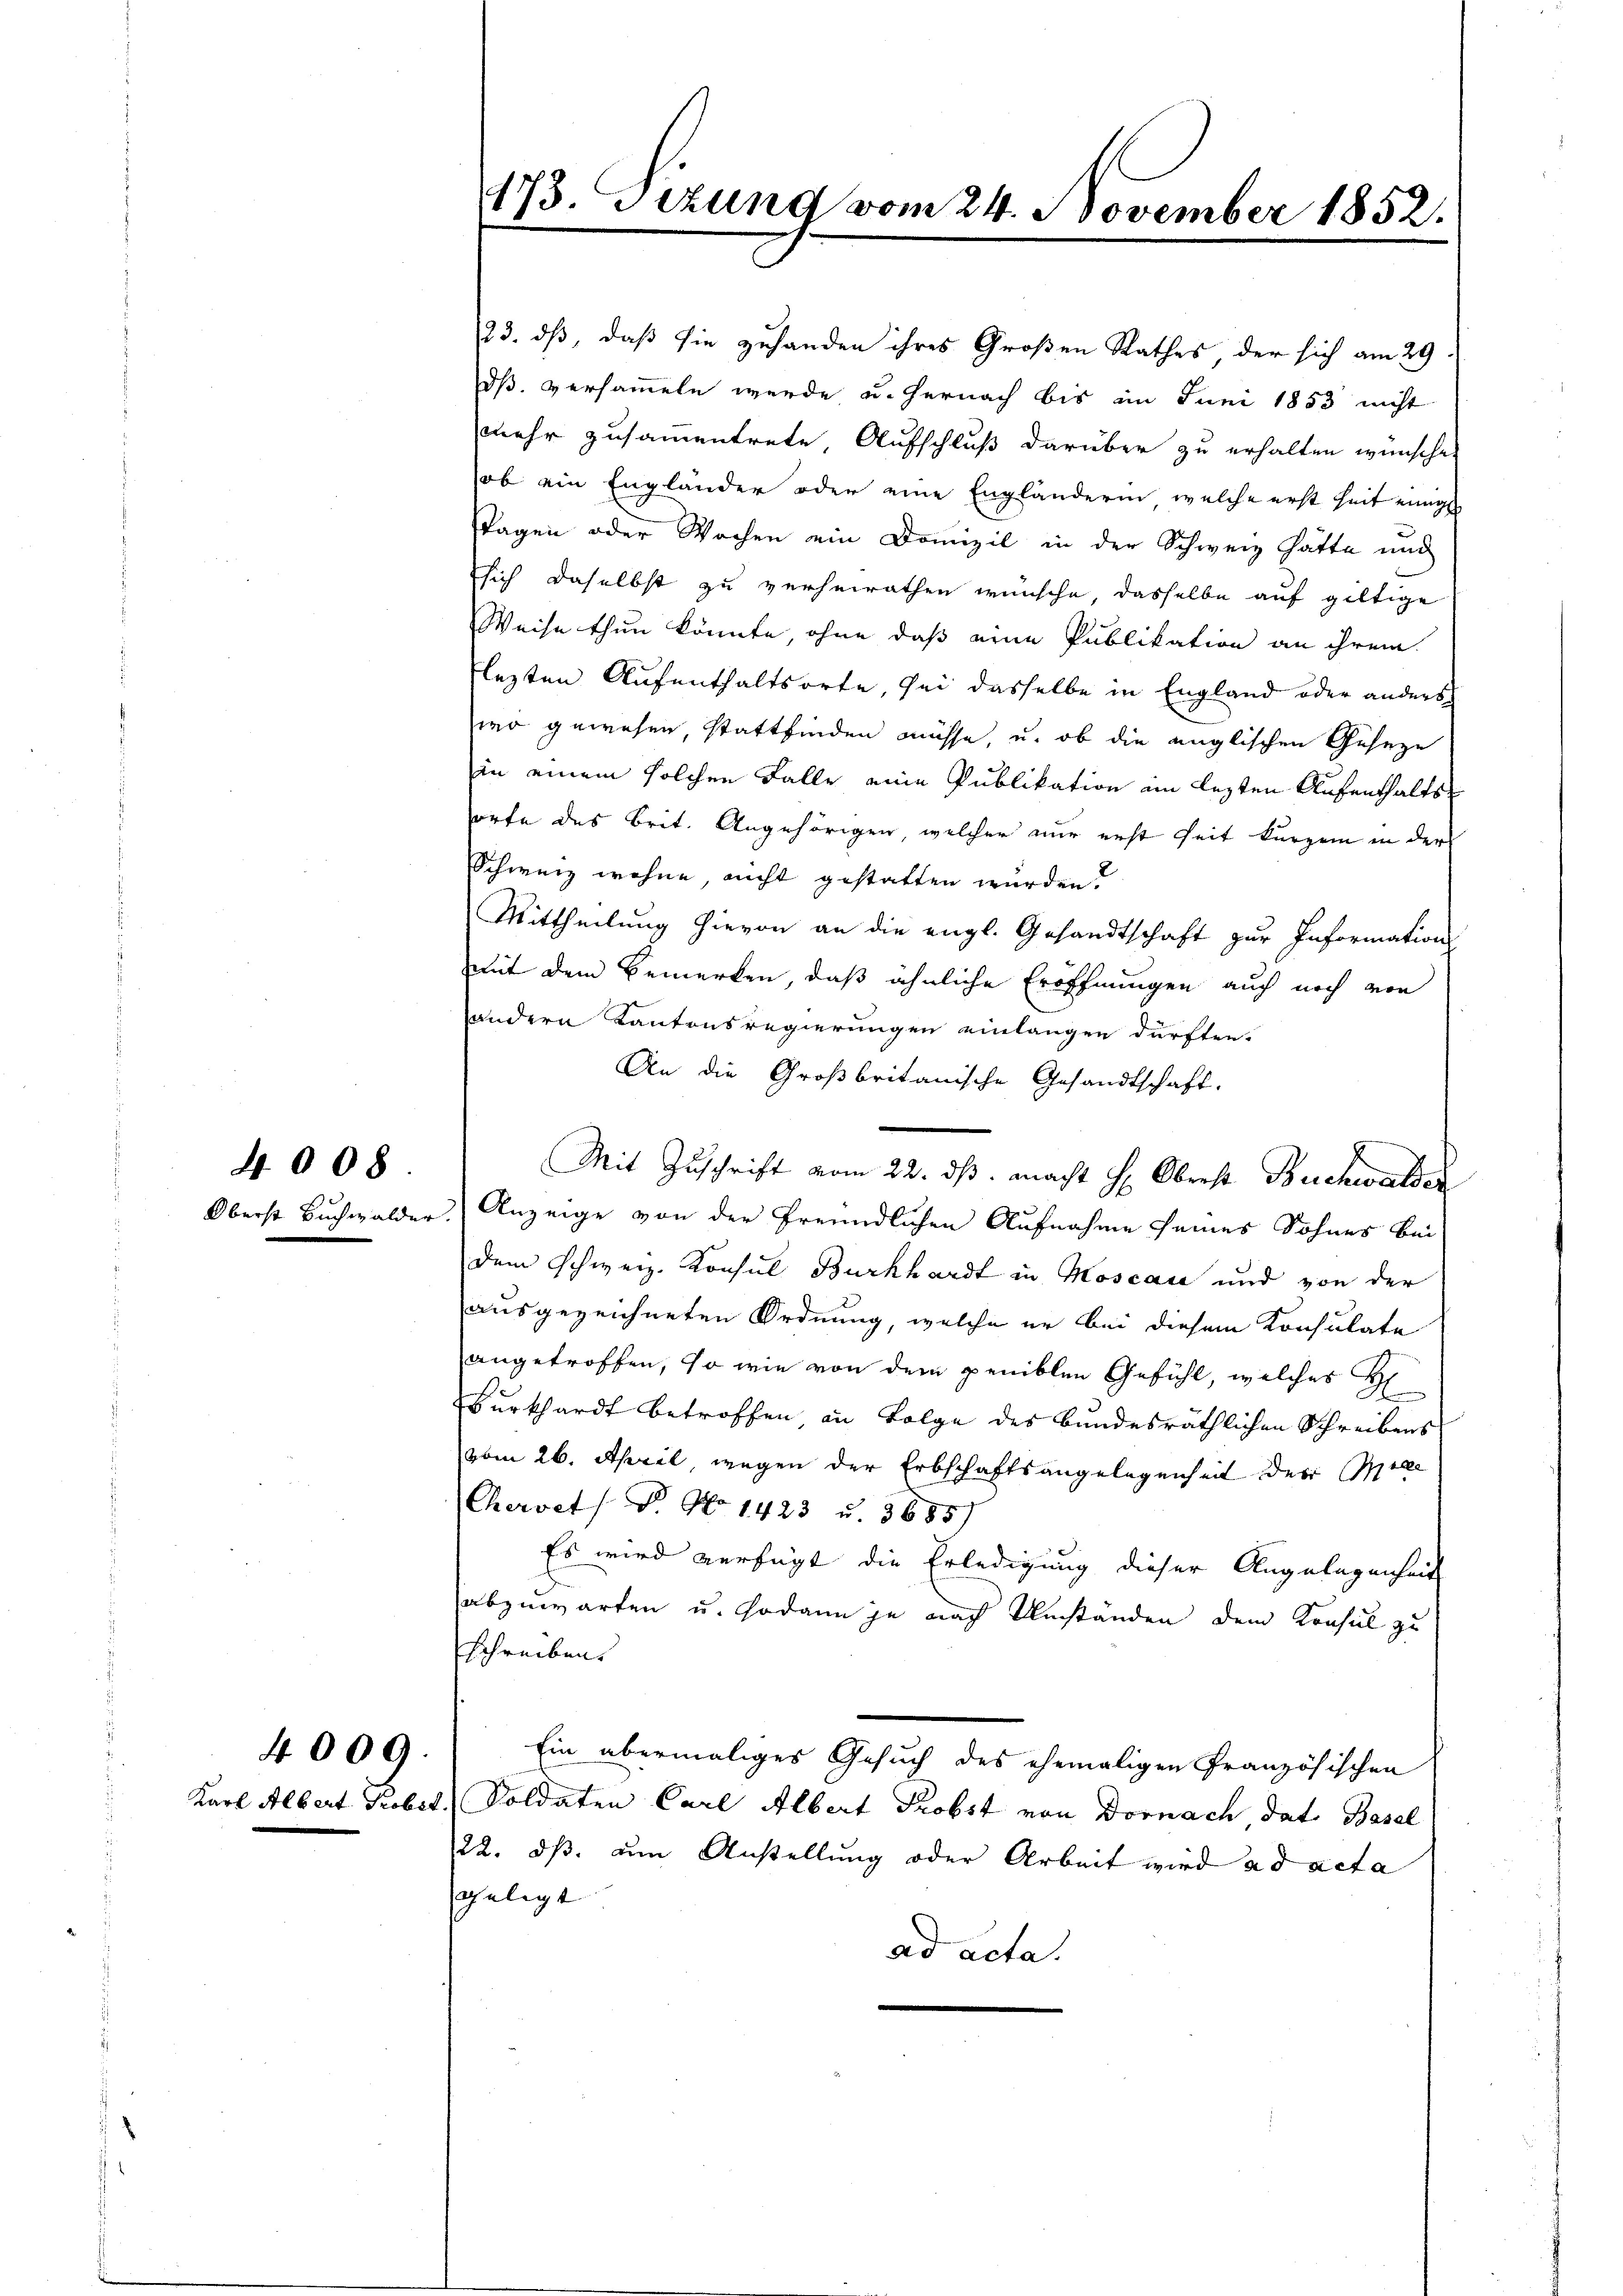
4008.

4009.

Karl Albert Probst

23. ds, daß sie zuhanden ihres Großen Rathes der sich am 29
dß versammeln werde u. hernach bis im Juni 1853 nicht
mehr zusammentrete, Aufschluß darüber zu erhalten wünsche,
ob ein Engländer oder eine Engländerin welche erst heit einige
stagen oder Wochen ein Domizil in der Schweiz hätte und
sich daselbst zu verheirathen wünsche, dasselbe auf giltige
Weise thun könnte, ohne daß eine Publikation an ihrem
lezten Aufenthaltsorte, sei dasselbe in England oder anders
wo gewesen, stattfinden müsse, u. ob die englischen Geseze
in einem solchen Falle eine Publikation ein lezten Aufenthaltssorte des Brit. Angehörigen, welcher nur erst seit kurzem in der
Schweiz wohne, nicht gestatten wurden?
Mittheilung hievon an die engl. Gesandtschaft zur Information
mit dem Bemerken, daß ähnliche Eröffnungen auch noch von
andern Kantonsregierungen einlangen dürften.
An die Großbritanische Gesandtschaft.
Mit Zuschrift vom 22. ds. macht H: Oberst Buchwarten
Oberst Buchwalder. Anzeige von der freundlichen Aufnahme seines Sohnes bei
dem Schweiz. Konsul Burkhardt in Moscase und von der
ausgezeichneten Ordnung, welche er bei diesem Konsulate
angetroffen, so wie von dem peniblen Gefühl, welches H
Burkhardt betroffen in Folge des bundesräthlichen Schreibens
vom 26. April, wegen der Erbschaftsangelegenheit der Mil
Chervets Dr. No 1423 u. 3685)
Es wird verfügt die Erledigung dieser Angelegenheit
abzuwarten u. sodann je nach Umständen dem Konsul zu
Schreiben.
Ein abermaliges Gesuch des ehemaligen Französischen
) Soldaten Carl Albert Probst von Dornach, dat. Basel
22. ds. um Anstellung oder Arbeit wird ad acta
gelegt
ad acta.

173. Sitzung vom 24. November 1852.